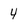
Character: 4